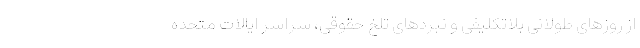
از روزهای طولانی بلاتکلیفی و نبردهای تلخ حقوقی، سراسر ایالات متحده